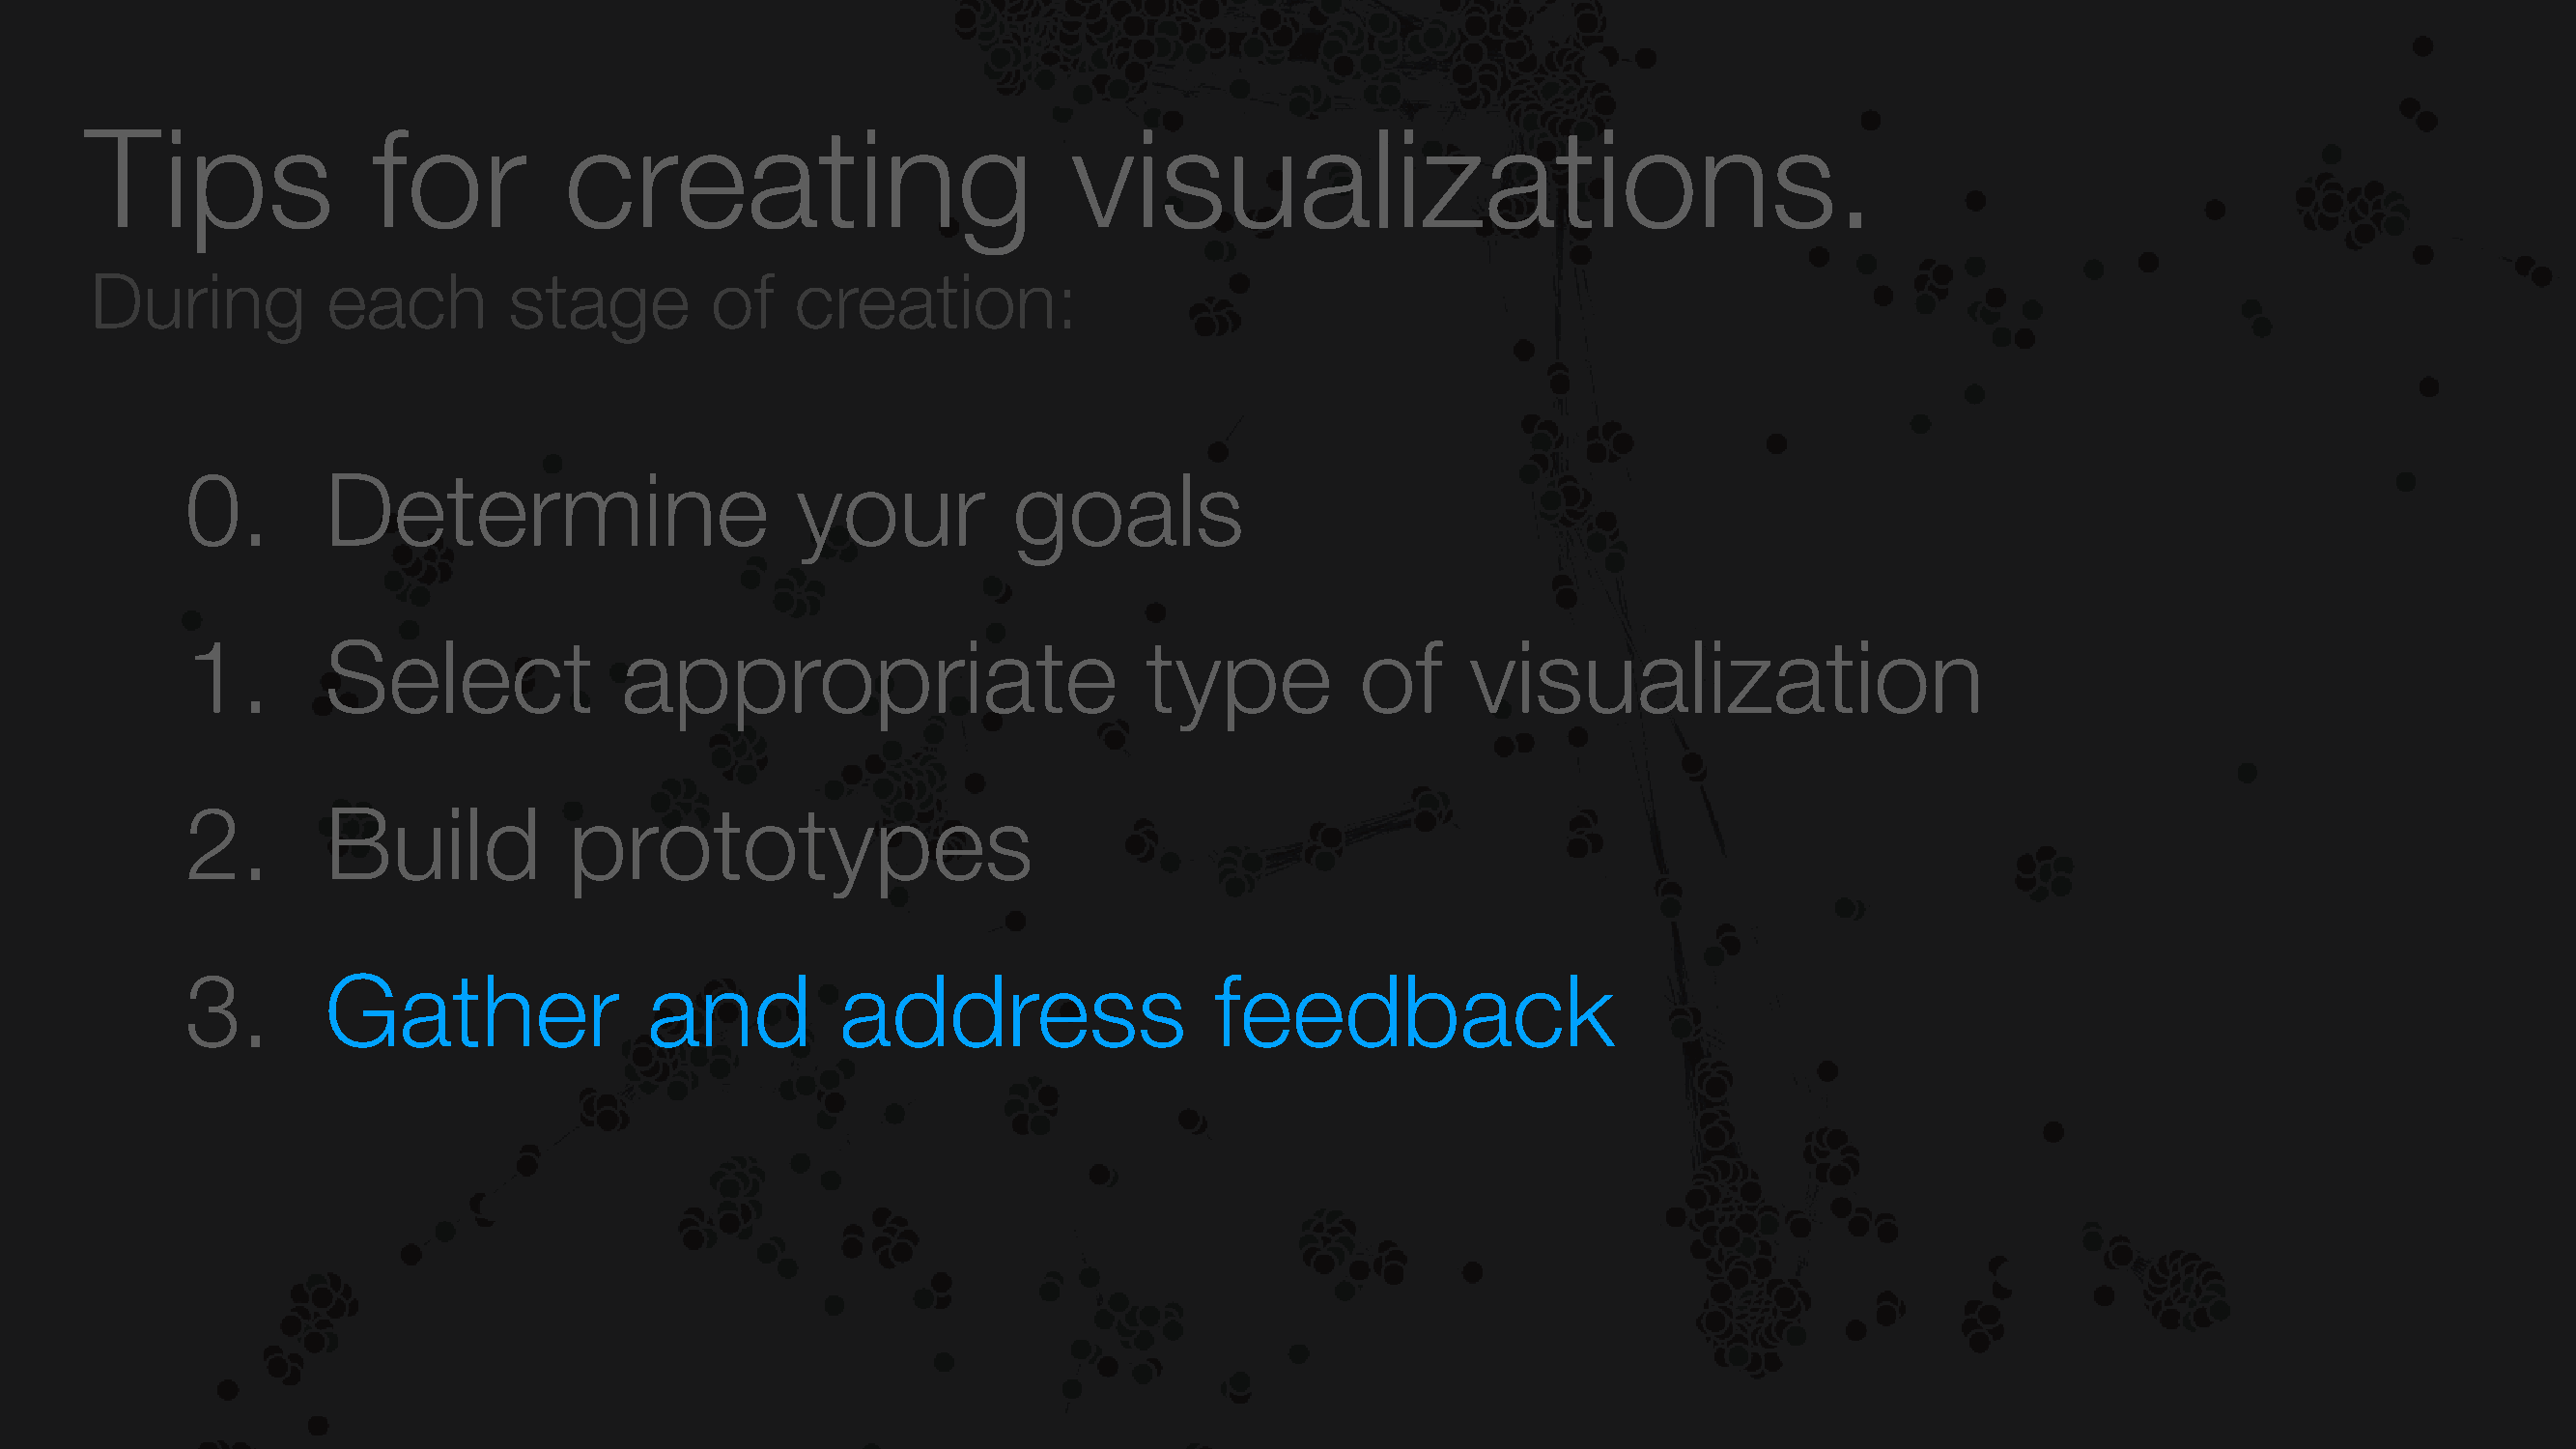
Tips               for           creating                          visualizations.
 During          each         stage         of   creation:
 0.       Determine                        your          goals
 1.       Select               appropriate                        type           of      visualization
 2.       Build            prototypes
 3.       Gather                and           address                  feedback